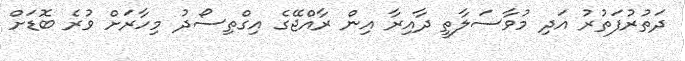
ދަތުރުފަތުރު އަދި މުވާސަލާތީ ދާއިރާ އިން ރާއްޖޭގެ އިގްތިސޯދު މިހާރަށް ވުރެ ބޮޑަށް